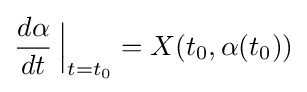
{\frac {d\alpha }{dt}}\left.{\!\!{\frac {}{}}}\right|_{t=t_{0}}=X(t_{0},\alpha (t_{0}))